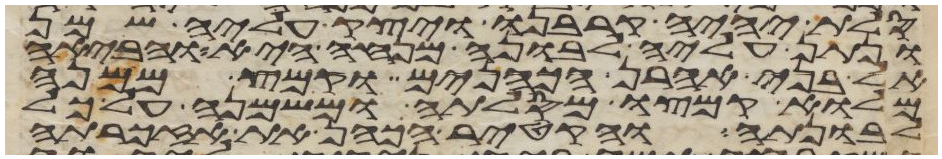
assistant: סלת יהיה קרבנו ויצק עליה שמן
ונתן עליה לבונה מנחה היא והביאה
אל בני אהרן הכהנים וקמץ ממנה
מלוא קמצו מסלתה ומשמנה על כל
לבונתה והקטיר הכהן את אזכרתה